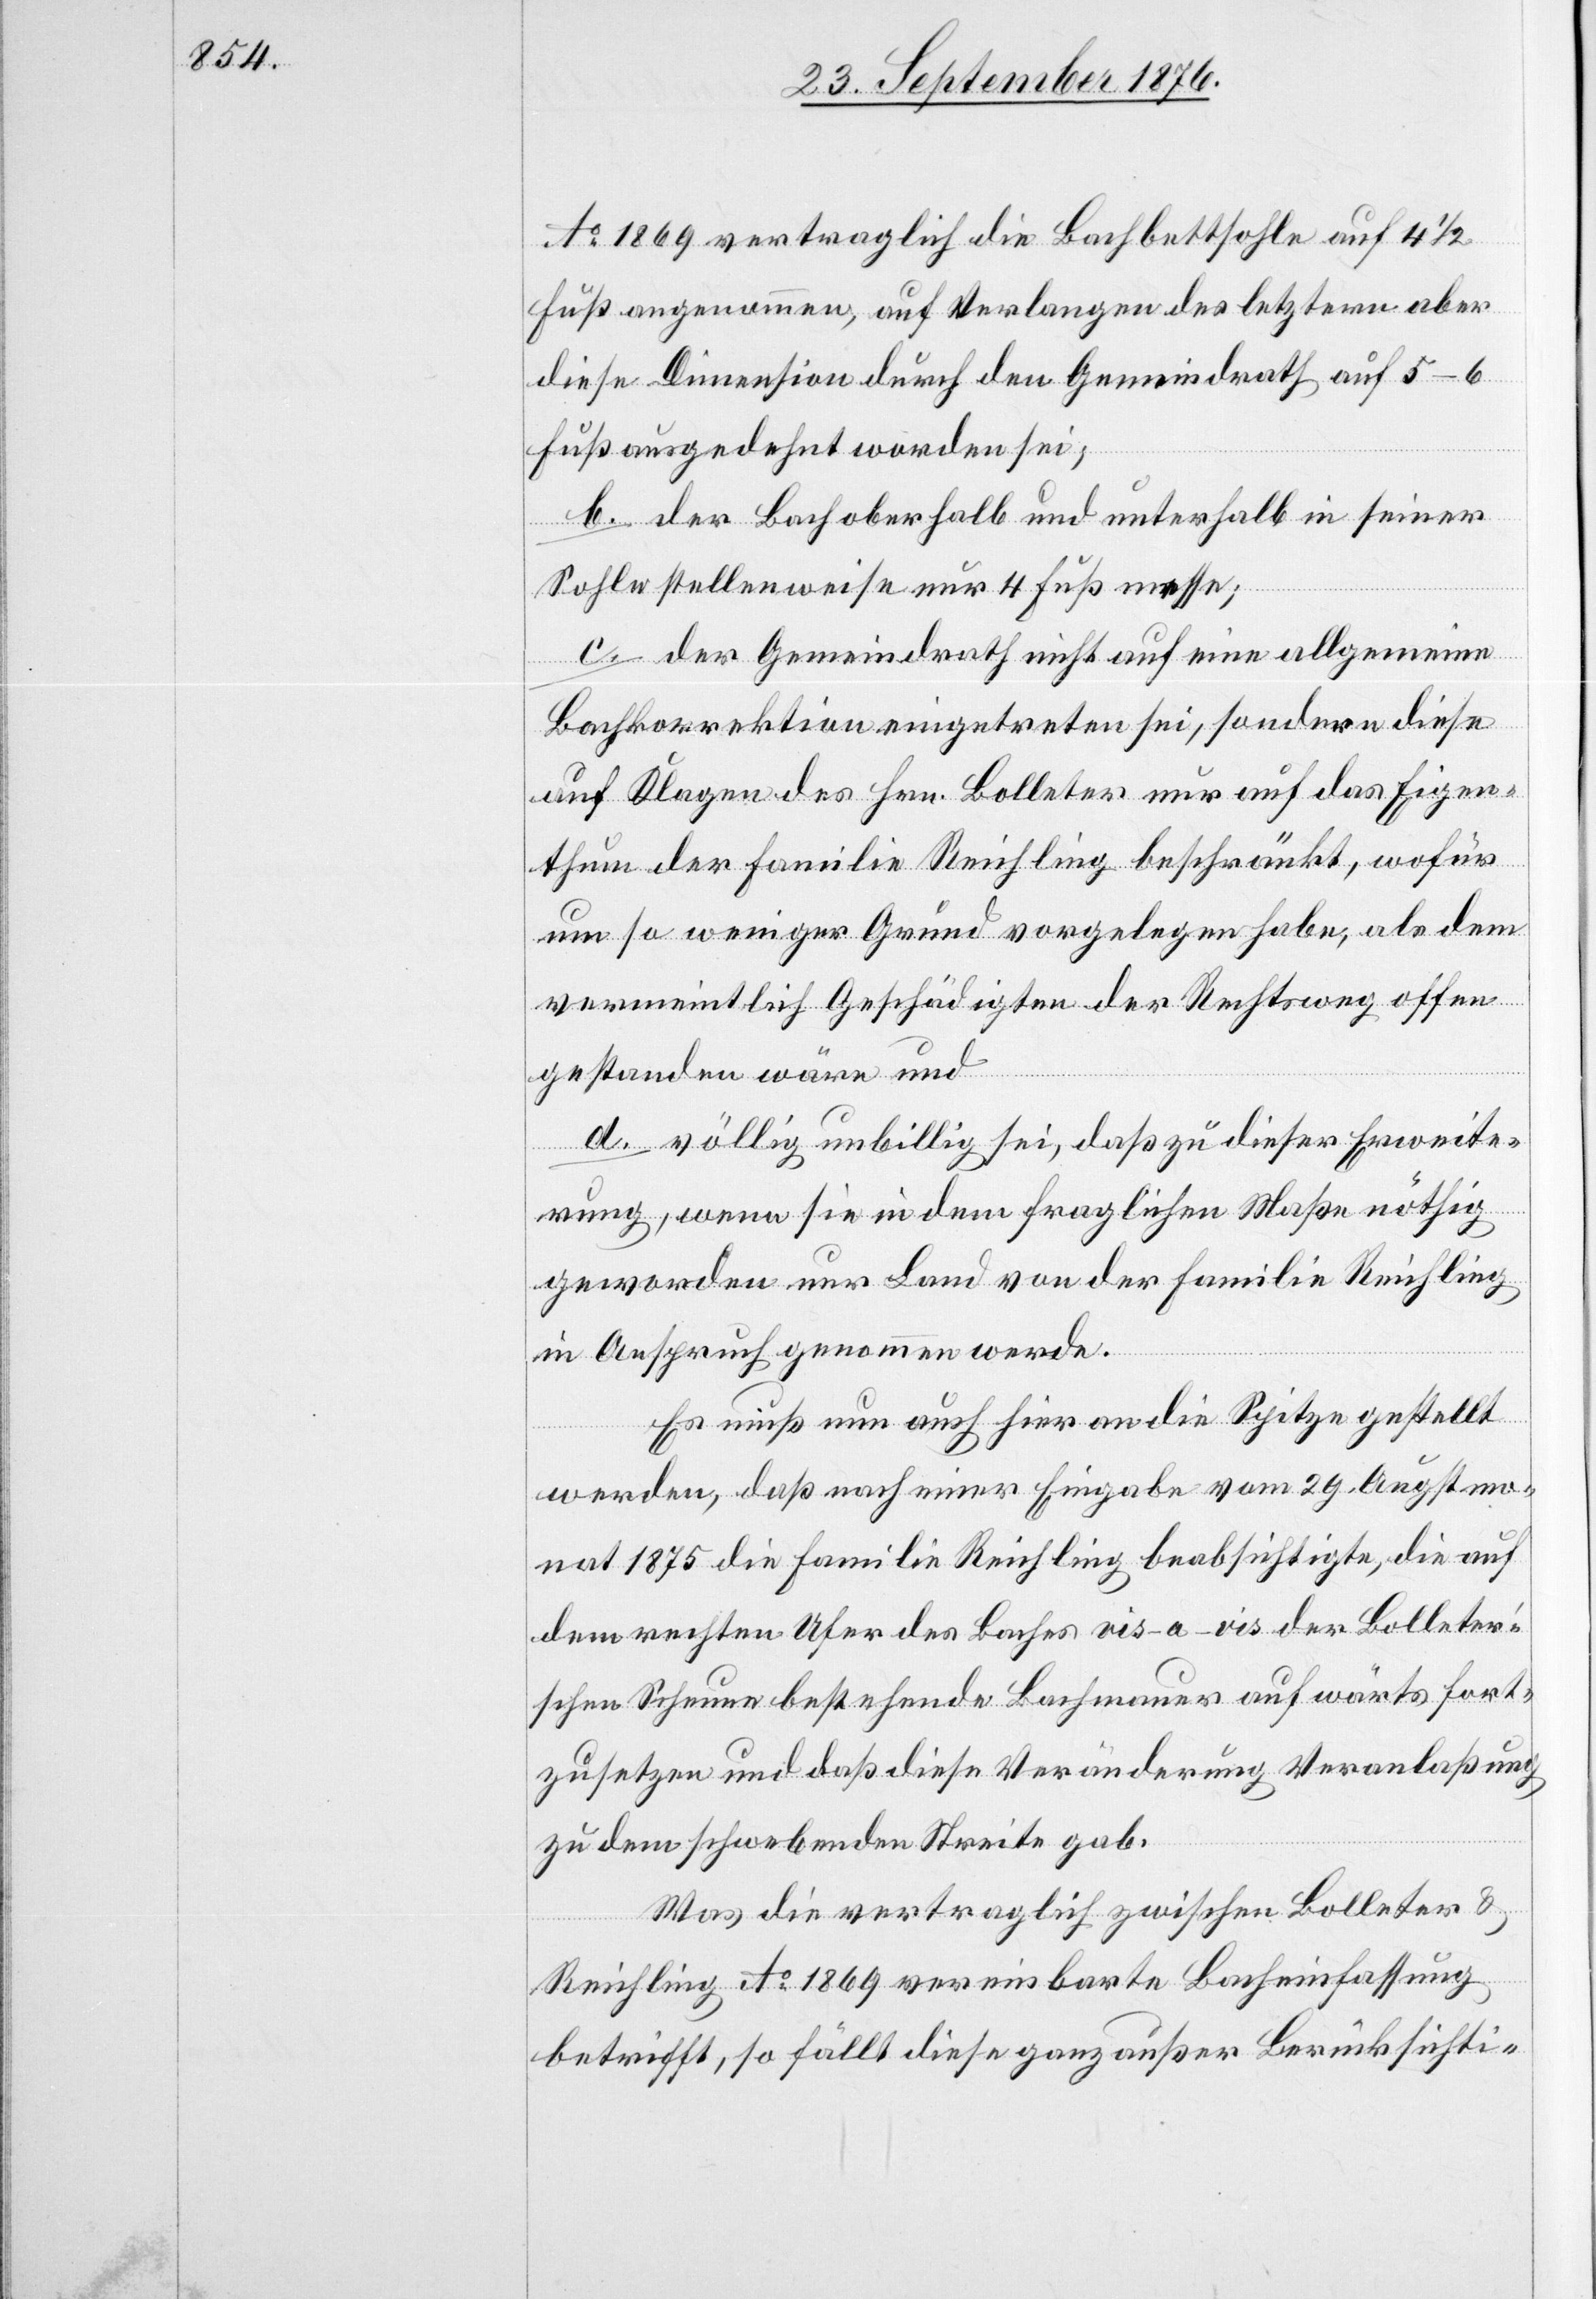
Ao 1869 vertraglich die Bachbettsohle auf 4 1/2
Fuß angenommen, auf Verlangen des letztern aber
diese Dimension durch den Gemeindrath auf 5–6
Fuß ausgedehnt worden sei;
b. der Bach oberhalb und unterhalb in seiner
Sohle stellenweise nur 4 Fuß messe;
c. der Gemeindrath nicht auf eine allgemeine
Bachkorrektion eingetreten sei, sondern diese
auf Klagen des Hrn. Bolleter nur auf das Eigen¬
thum der Familie Reichling beschränkt, wofür
um so weniger Grund vorgelegen habe, als dem
vermeintlich Geschädigten der Rechtsweg offen
gestanden wäre und
d. völlig unbillig sei, daß zu dieser Erweite¬
rung, wenn sie in dem fraglichen Maße nöthig
geworden nur Land von der Familie Reichling
in Anspruch genommen werde.
Es muß nun auch hier an die Spitze gestellt
werden, daß nach einer Eingabe vom 29. Augstmo¬
nat 1875 die Familie Reichling beabsichtigte, die auf
dem rechten Ufer es Baches vis-a-vis der Bolleter’s¬
chen Scheune bestehende Bachmauer aufwärts fort¬
zusetzen und daß diese Veränderung Veranlaßung
zu dem schwebenden Streite gab.
Was die vertraglich zwischen Bolleter &
Reichling Ao 1869 vereinbarte Bacheinfassung
betrifft, so fällt diese ganz außer Berücksichti-